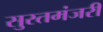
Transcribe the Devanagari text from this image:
सुरतमंजरी